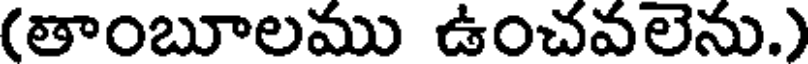
(తాంబూలము ఉంచవలెను.)